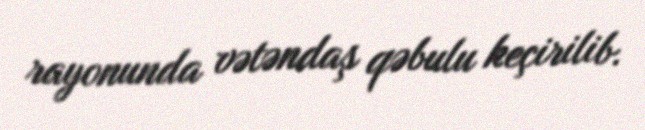
rayonunda vətəndaş qəbulu keçirilib.